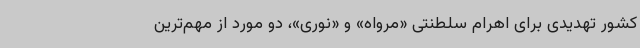
کشور تهدیدی برای اهرام سلطنتی «مرواه» و «نوری»، دو مورد از مهم‌ترین